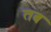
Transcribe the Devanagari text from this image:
तब